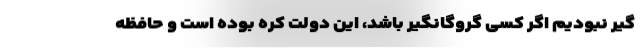
گیر نبودیم اگر کسی گروگانگیر باشد، این دولت کره بوده است و حافظه